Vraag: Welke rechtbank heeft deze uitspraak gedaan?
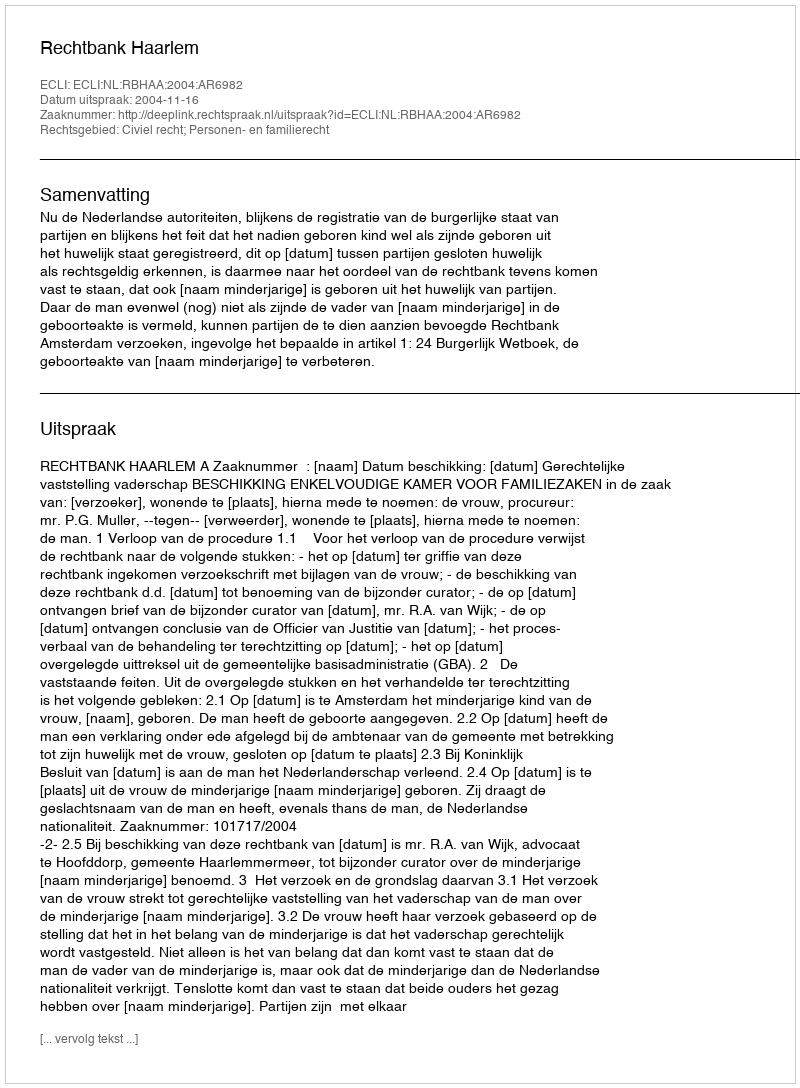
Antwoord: Rechtbank Haarlem